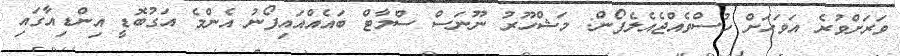
ވަރަށްވުރެ އަވަހަށް ހުސްވެއްޖެއެލެފޯން: މަޝްހޫރު ނޫނަސް ސްމާޓް ބައެއްއައިފޯނު އެންމެ އަގުބޮޑީ އިންޑިއާގައި